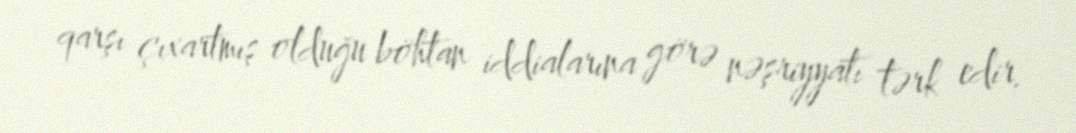
qarşı çıxartmış olduğu böhtan iddialarına görə nəşriyyatı tərk edir.